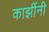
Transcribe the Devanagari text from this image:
काझींनी